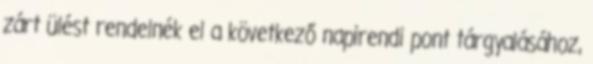
zárt ülést rendelnék el a következő napirendi pont tárgyalásához,